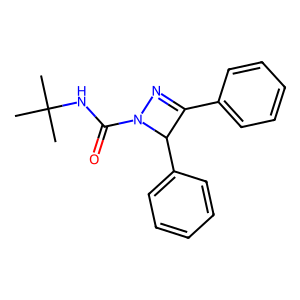
SMILES: CC(C)(C)NC(=O)N1N=C(c2ccccc2)C1c1ccccc1
Inhibits HIV replication: No